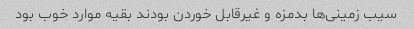
سیب زمینی‌ها بدمزه و غیرقابل خوردن بودند بقیه موارد خوب بود